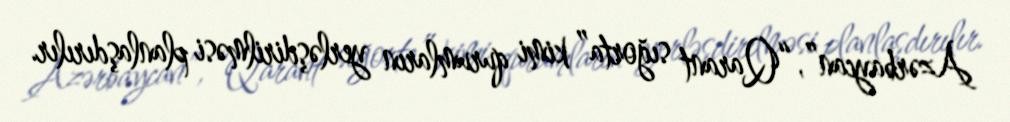
Azərbaycan”, “Qarant sığorta” kimi qurumların yerləşdirilməsi planlaşdırılır.